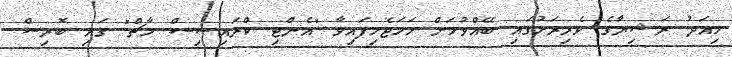
މިއަދު ރަޝިޔާގެ ވެރިރަށުގައި ބޭއްވުމަށް ހަމަޖެހިފައިވާ "އެންޓި ކްރައިސިސް މާޗް" ގައި ބޮރިސް